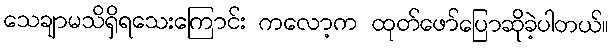
သေချာမသိရှိရသေးကြောင်း ကလော့က ထုတ်ဖော်ပြောဆိုခဲ့ပါတယ်။